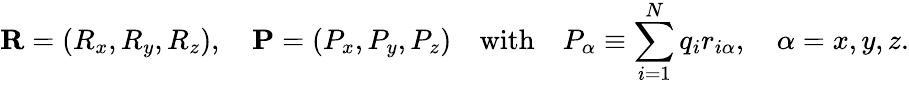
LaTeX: \mathbf{R}=(R_{x},R_{y},R_{z}),\quad\mathbf{P}=(P_{x},P_{y},P_{z})\quad{\mathrm{with}}\quad P_{\alpha}\equiv\sum_{i=1}^{N}q_{i}r_{i\alpha},\quad\alpha=x,y,z.